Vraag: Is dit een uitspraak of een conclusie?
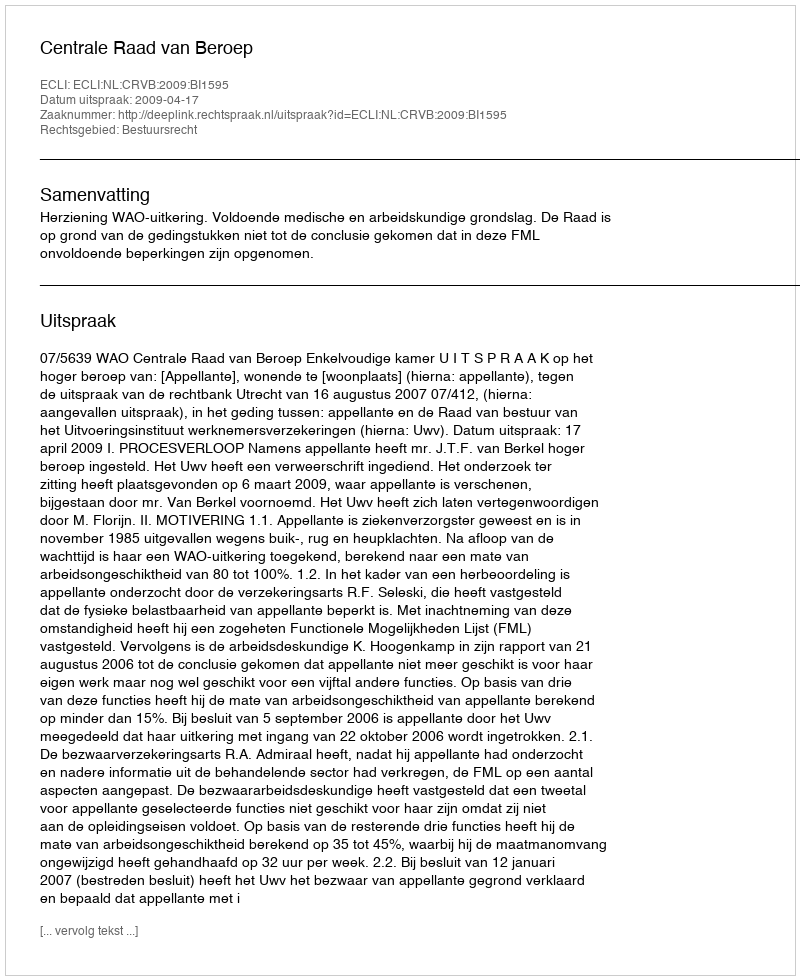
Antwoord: Uitspraak